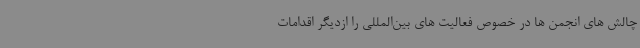
چالش های انجمن ها در خصوص فعالیت های بین‌المللی را ازدیگر اقدامات